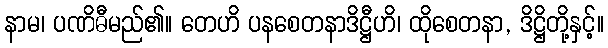
နာမ၊ ပဏိဓီမည်၏။ တေဟိ ပနစေတနာဒိဋ္ဌီဟိ၊ ထိုစေတနာ, ဒိဋ္ဌိတို့နှင့်။